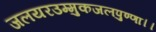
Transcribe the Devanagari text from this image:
जलयरउम्मुकजलपुण्णा।।